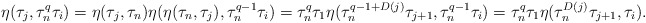
\begin{align*}\eta(\tau_j, \tau_n^q\tau_i)&=\eta(\tau_j, \tau_n)\eta(\eta(\tau_n,\tau_j), \tau_n^{q-1} \tau_i)=\tau_n^q\tau_1 \eta(\tau_n^{q-1+D(j)}\tau_{j+1}, \tau_n^{q-1}\tau_i)=\tau_n^q\tau_1 \eta(\tau_n^{D(j)}\tau_{j+1}, \tau_i).\end{align*}